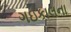
ગઇકાલના